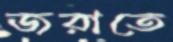
জরাতে